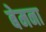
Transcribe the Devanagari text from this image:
बेमना